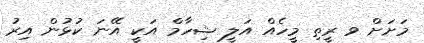
މަށަށް ވ ރީތި މީހެއް އަލީ ޝިހާމް އަކީ އޭނަ ކުޅުން އިރު